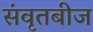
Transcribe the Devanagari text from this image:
संवृतबीज